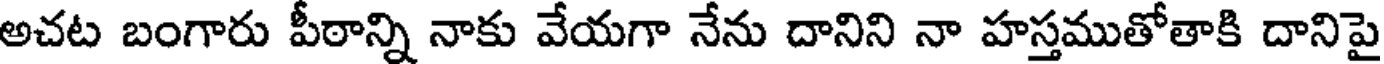
అచట బంగారు పీఠాన్ని నాకు వేయగా నేను దానిని నా హస్తముతోతాకి దానిపై